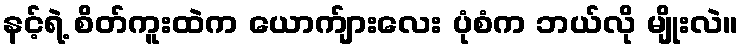
နင့်ရဲ့ စိတ်ကူးထဲက ယောက်ျားလေး ပုံစံက ဘယ်လို မျိုးလဲ။